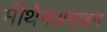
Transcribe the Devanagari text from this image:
मीथेनअमाइन